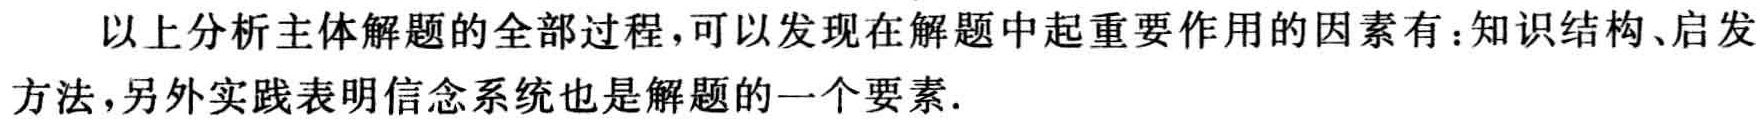
以上分析主体解题的全部过程，可以发现在解题中起重要作用的因素有：知识结构、启发方法，另外实践表明信念系统也是解题的一个要素.